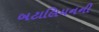
બટાલિયનની